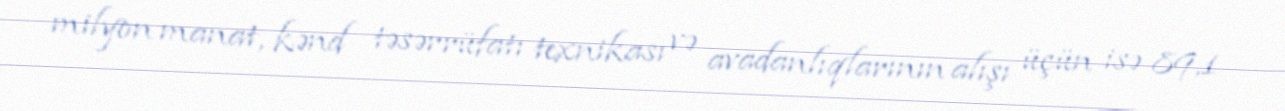
milyon manat, kənd təsərrüfatı texnikası və avadanlıqlarının alışı üçün isə 89,1